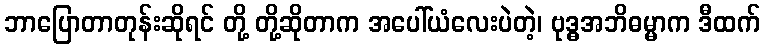
ဘာပြောတာတုန်းဆိုရင် တို့ တို့ဆိုတာက အပေါ်ယံလေးပဲတဲ့၊ ဗုဒ္ဓအဘိဓမ္မာက ဒီထက်